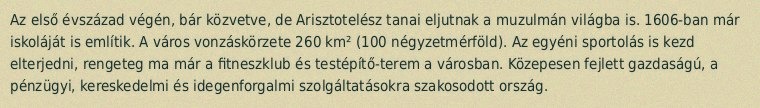
Az első évszázad végén, bár közvetve, de Arisztotelész tanai eljutnak a muzulmán világba is. 1606-ban már iskoláját is említik. A város vonzáskörzete 260 km² (100 négyzetmérföld). Az egyéni sportolás is kezd elterjedni, rengeteg ma már a fitneszklub és testépítő-terem a városban. Közepesen fejlett gazdaságú, a pénzügyi, kereskedelmi és idegenforgalmi szolgáltatásokra szakosodott ország.